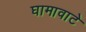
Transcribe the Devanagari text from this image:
घामावाटे